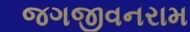
જગજીવનરામ